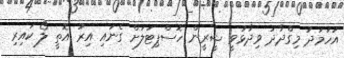
އަހުމަދު މިގްދާދު ވިދާޅުވީ ޝީރީން ހޮސްޕިޓަލަށް ގެނައި އިރު އޮތީ ލޯ ކައިރި